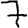
Digit: 7